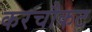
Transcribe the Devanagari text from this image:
करचौकट